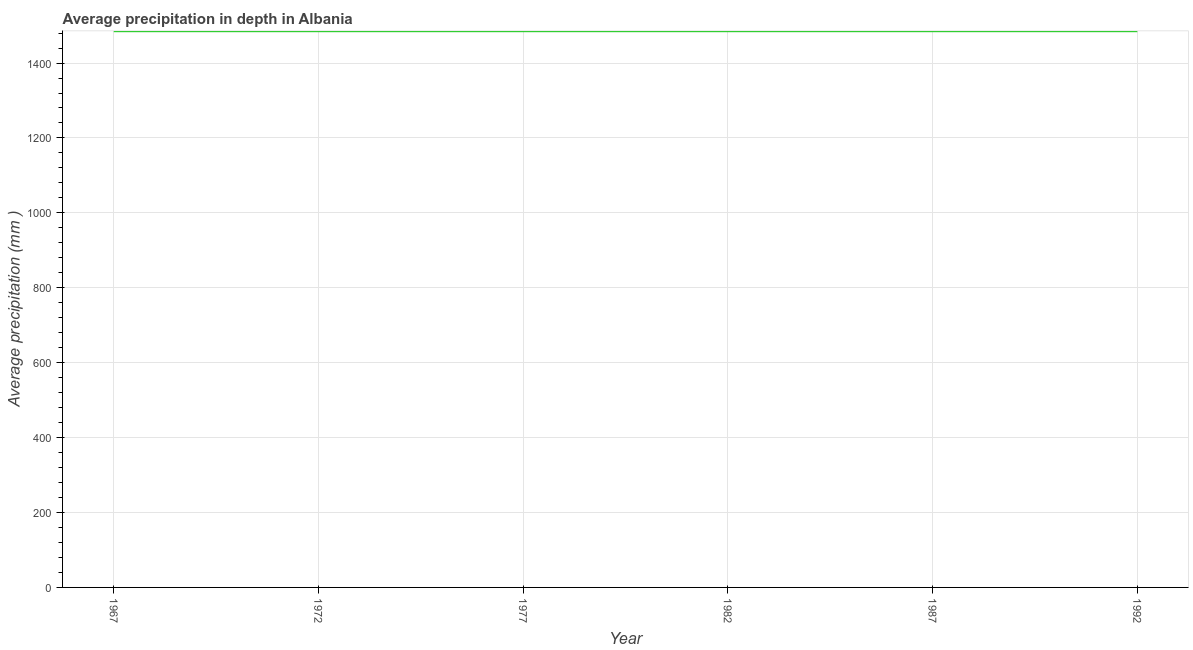
| Year | Average precipitation in depth |
 | --- | --- |
 | 1967 | 1.48e+03 |
 | 1972 | 1.48e+03 |
 | 1977 | 1.48e+03 |
 | 1982 | 1.48e+03 |
 | 1987 | 1.48e+03 |
 | 1992 | 1.48e+03 |